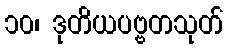
၁၀၊ ဒုတိယပဗ္ဗတသုတ်